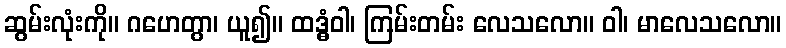
ဆွမ်းလုံးကို။ ဂဟေတွာ၊ ယူ၍။ ထဒ္ဓံဝါ၊ ကြမ်းတမ်း လေသလော။ ဝါ၊ မာလေသလော။